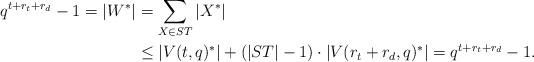
LaTeX: \begin{align*}q^{t+r_t+r_d}-1=|W^*|&=\sum_{X\in ST}|X^*|\cr&\leq |V(t,q)^*|+(|ST|-1)\cdot|V(r_t+r_d,q)^*|=q^{t+r_t+r_d}-1.\end{align*}